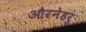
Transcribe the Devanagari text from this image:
औरनेहरु